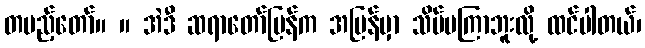
တပည့်တော်။ ။ အဲဒီ ဆရာတော်ပြန်က အပြန်မှာ သိပ်မကြာဘူးလို့ ထင်ပါတယ်၊